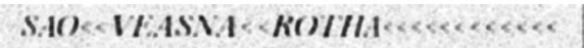
SAO<<VEASNA<<ROTHA<<<<<<<<<<<<